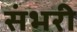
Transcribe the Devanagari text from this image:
संभरी